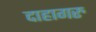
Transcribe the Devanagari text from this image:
दाहागरु